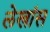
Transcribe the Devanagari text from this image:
लेखांस